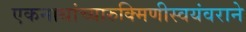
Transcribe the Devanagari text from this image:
एकनाथांच्यारुक्मिणीस्वयंवराने